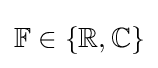
\mathbb {F} \in \{\mathbb {R} ,\mathbb {C} \}